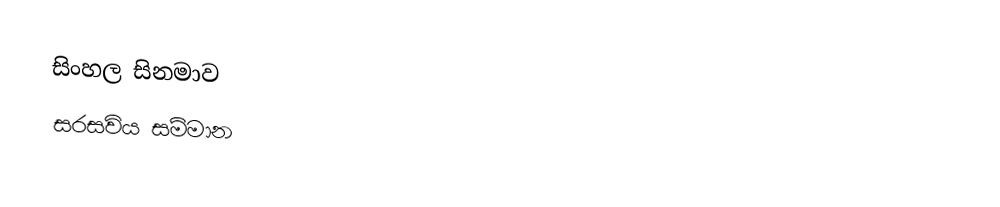
සිංහල සිනමාව
සරසවිය සම්මාන